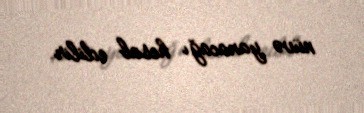
nüvə yanacağı hesab edilir.